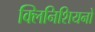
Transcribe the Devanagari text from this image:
क्लिनिशियनों